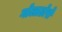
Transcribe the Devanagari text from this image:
गोलाढोरो